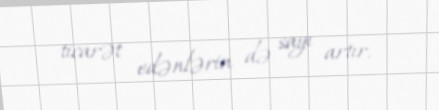
ticarət edənlərin də sayı artır.